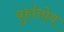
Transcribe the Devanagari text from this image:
बुर्हानोव